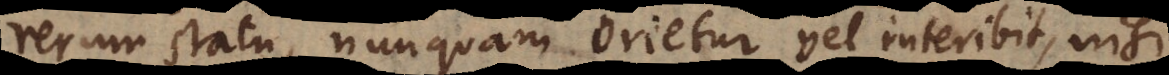
rerum statu, nunquam orietur vel interibit, nisi